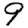
Digit: 9